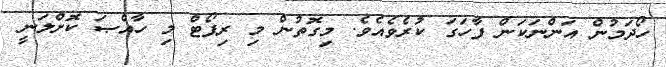
ހޯދަމުން އަންނަކަން ފާހަގަ ކުރެވެއެވެ. މިގޮތުން މި ރިޕޯޓް މި ހާއްޞަ ކޮށްލަނީ